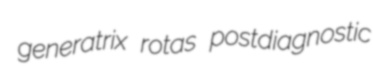
generatrix rotas postdiagnostic